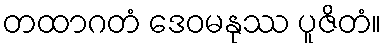
တထာဂတံ ဒေဝမနုဿ ပူဇိတံ။